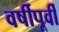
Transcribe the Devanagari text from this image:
वर्षीपूर्वी